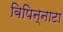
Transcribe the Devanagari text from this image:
बिपिन्नाटा